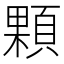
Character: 顆